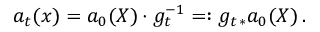
\begin{array} { r } { a _ { t } ( x ) = a _ { 0 } ( X ) \cdot g _ { t } ^ { - 1 } = : g _ { t \, * } a _ { 0 } ( X ) \, . } \end{array}